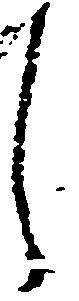
し